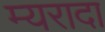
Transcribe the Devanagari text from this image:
म्यरादा